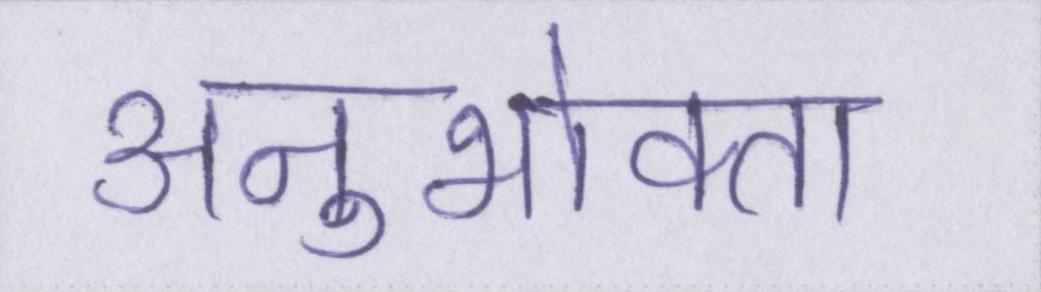
अनुभोक्ता